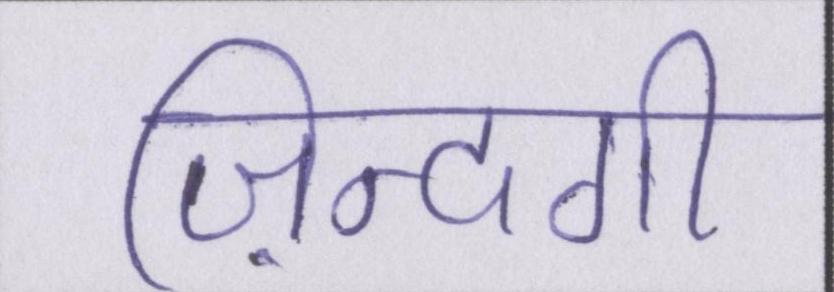
ज़िन्दगी